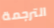
الترجمة